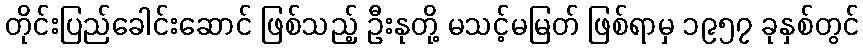
တိုင်းပြည်ခေါင်းဆောင် ဖြစ်သည့် ဦးနုတို့ မသင့်မမြတ် ဖြစ်ရာမှ ၁၉၅၇ ခုနှစ်တွင်